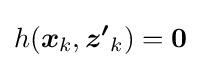
h({\boldsymbol {x}}_{k},{\boldsymbol {z'}}_{k})={\boldsymbol {0}}